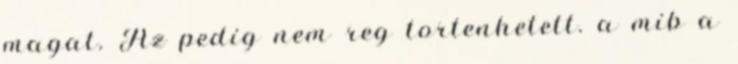
magat. Az pedig nem reg tortenhetett. a mib a